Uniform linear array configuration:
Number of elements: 32
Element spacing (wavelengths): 1
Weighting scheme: hann
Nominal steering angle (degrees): -30
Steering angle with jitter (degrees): -31.727
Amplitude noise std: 0.05
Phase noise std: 0.05

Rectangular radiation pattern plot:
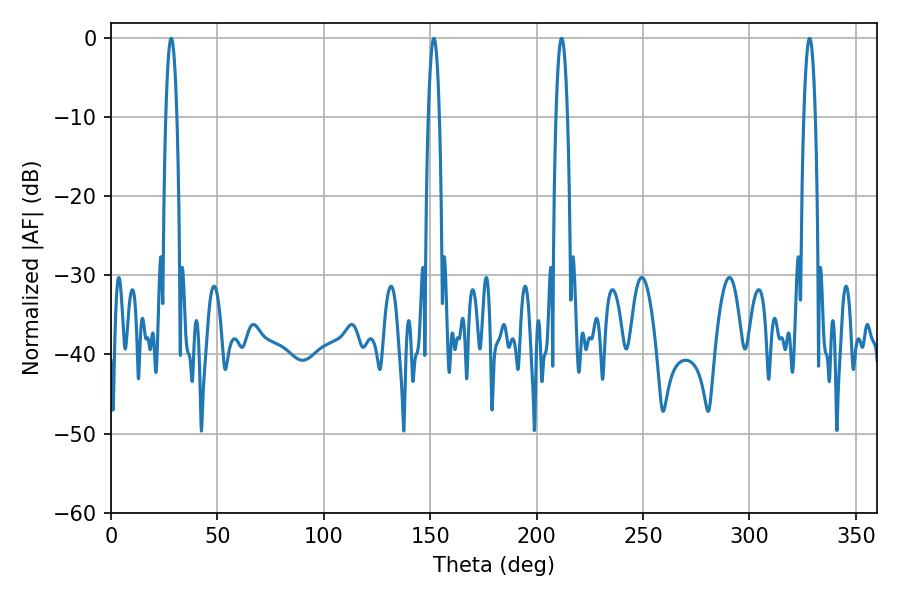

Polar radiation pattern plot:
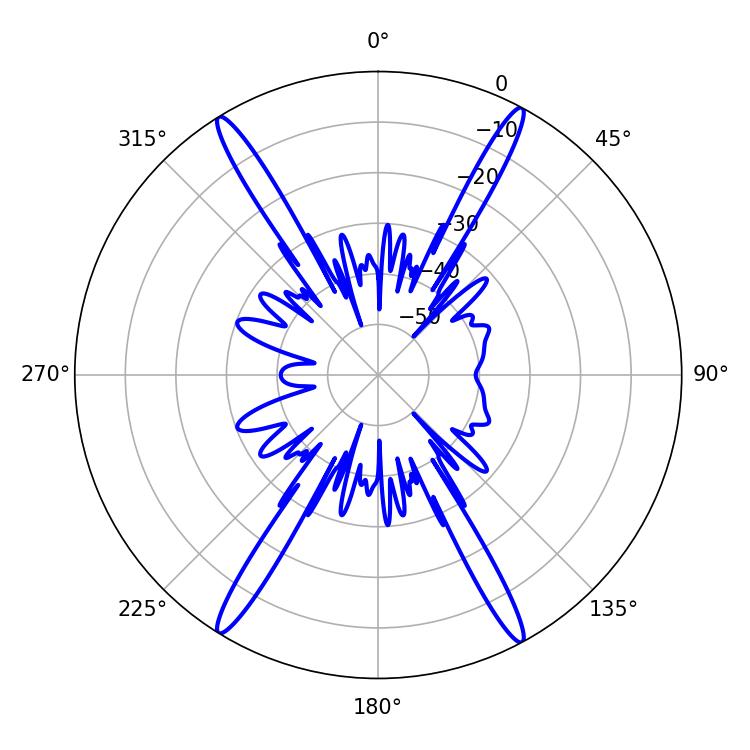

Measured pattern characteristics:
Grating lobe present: TRUE
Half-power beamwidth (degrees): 2.88
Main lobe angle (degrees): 151.74